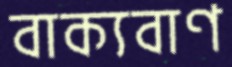
বাক্যবাণ